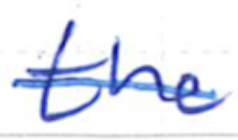
Text: the
Cross-out: mix
Writing tool: ballpoint